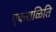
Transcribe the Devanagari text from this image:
एकराळिति